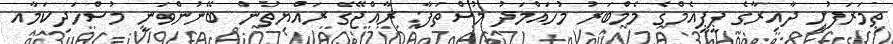
ތިމަރަފުށީ ދާއިރާގެ ޕީޕީއެމްގެ މެމްބަރު މުހައްމަދު މުސްތަފާ: ރާއްޖޭގެ ރައްޔިތުން ބޭނުންވަނީ މުސްހަދިކަމާއ